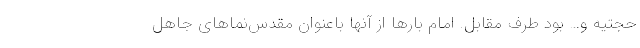
حجتیه و… بود طرف مقابل. امام بارها از آنها باعنوان مقدس‌نماهای جاهل